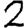
Digit: 2